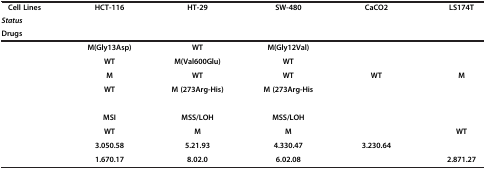
<table><thead><tr><td><b>Cell Lines</b></td><td rowspan="3"><b>HCT-116</b></td><td rowspan="3"><b>HT-29</b></td><td rowspan="3"><b>SW-480</b></td><td rowspan="3"><b>CaCO2</b></td><td rowspan="3"><b>LS174T</b></td></tr><tr><td><b><i>Status</i></b></td></tr><tr><td><b>Drugs</b></td></tr></thead><tbody><tr><td>[EMPTY_CELL]</td><td><b>M(Gly13Asp)</b></td><td><b>WT</b></td><td><b>M(Gly12Val)</b></td><td>[EMPTY_CELL]</td><td>[EMPTY_CELL]</td></tr><tr><td>[EMPTY_CELL]</td><td><b>WT</b></td><td><b>M(Val600Glu)</b></td><td><b>WT</b></td><td>[EMPTY_CELL]</td><td>[EMPTY_CELL]</td></tr><tr><td>[EMPTY_CELL]</td><td><b>M</b></td><td><b>WT</b></td><td><b>WT</b></td><td><b>WT</b></td><td><b>M</b></td></tr><tr><td rowspan="2">[EMPTY_CELL]</td><td rowspan="2"><b>WT</b></td><td rowspan="2"><b>M (273Arg-His)</b></td><td><b>M (273Arg-His</b></td><td rowspan="2">[EMPTY_CELL]</td><td rowspan="2">[EMPTY_CELL]</td></tr><tr><td>[EMPTY_CELL]</td></tr><tr><td>[EMPTY_CELL]</td><td><b>MSI</b></td><td><b>MSS/LOH</b></td><td><b>MSS/LOH</b></td><td>[EMPTY_CELL]</td><td>[EMPTY_CELL]</td></tr><tr><td>[EMPTY_CELL]</td><td><b>WT</b></td><td><b>M</b></td><td><b>M</b></td><td>[EMPTY_CELL]</td><td><b>WT</b></td></tr><tr><td>[EMPTY_CELL]</td><td><b>3.050.58</b></td><td><b>5.21.93</b></td><td><b>4.330.47</b></td><td><b>3.230.64</b></td><td>[EMPTY_CELL]</td></tr><tr><td>[EMPTY_CELL]</td><td><b>1.670.17</b></td><td><b>8.02.0</b></td><td><b>6.02.08</b></td><td>[EMPTY_CELL]</td><td><b>2.871.27</b></td></tr></tbody></table>